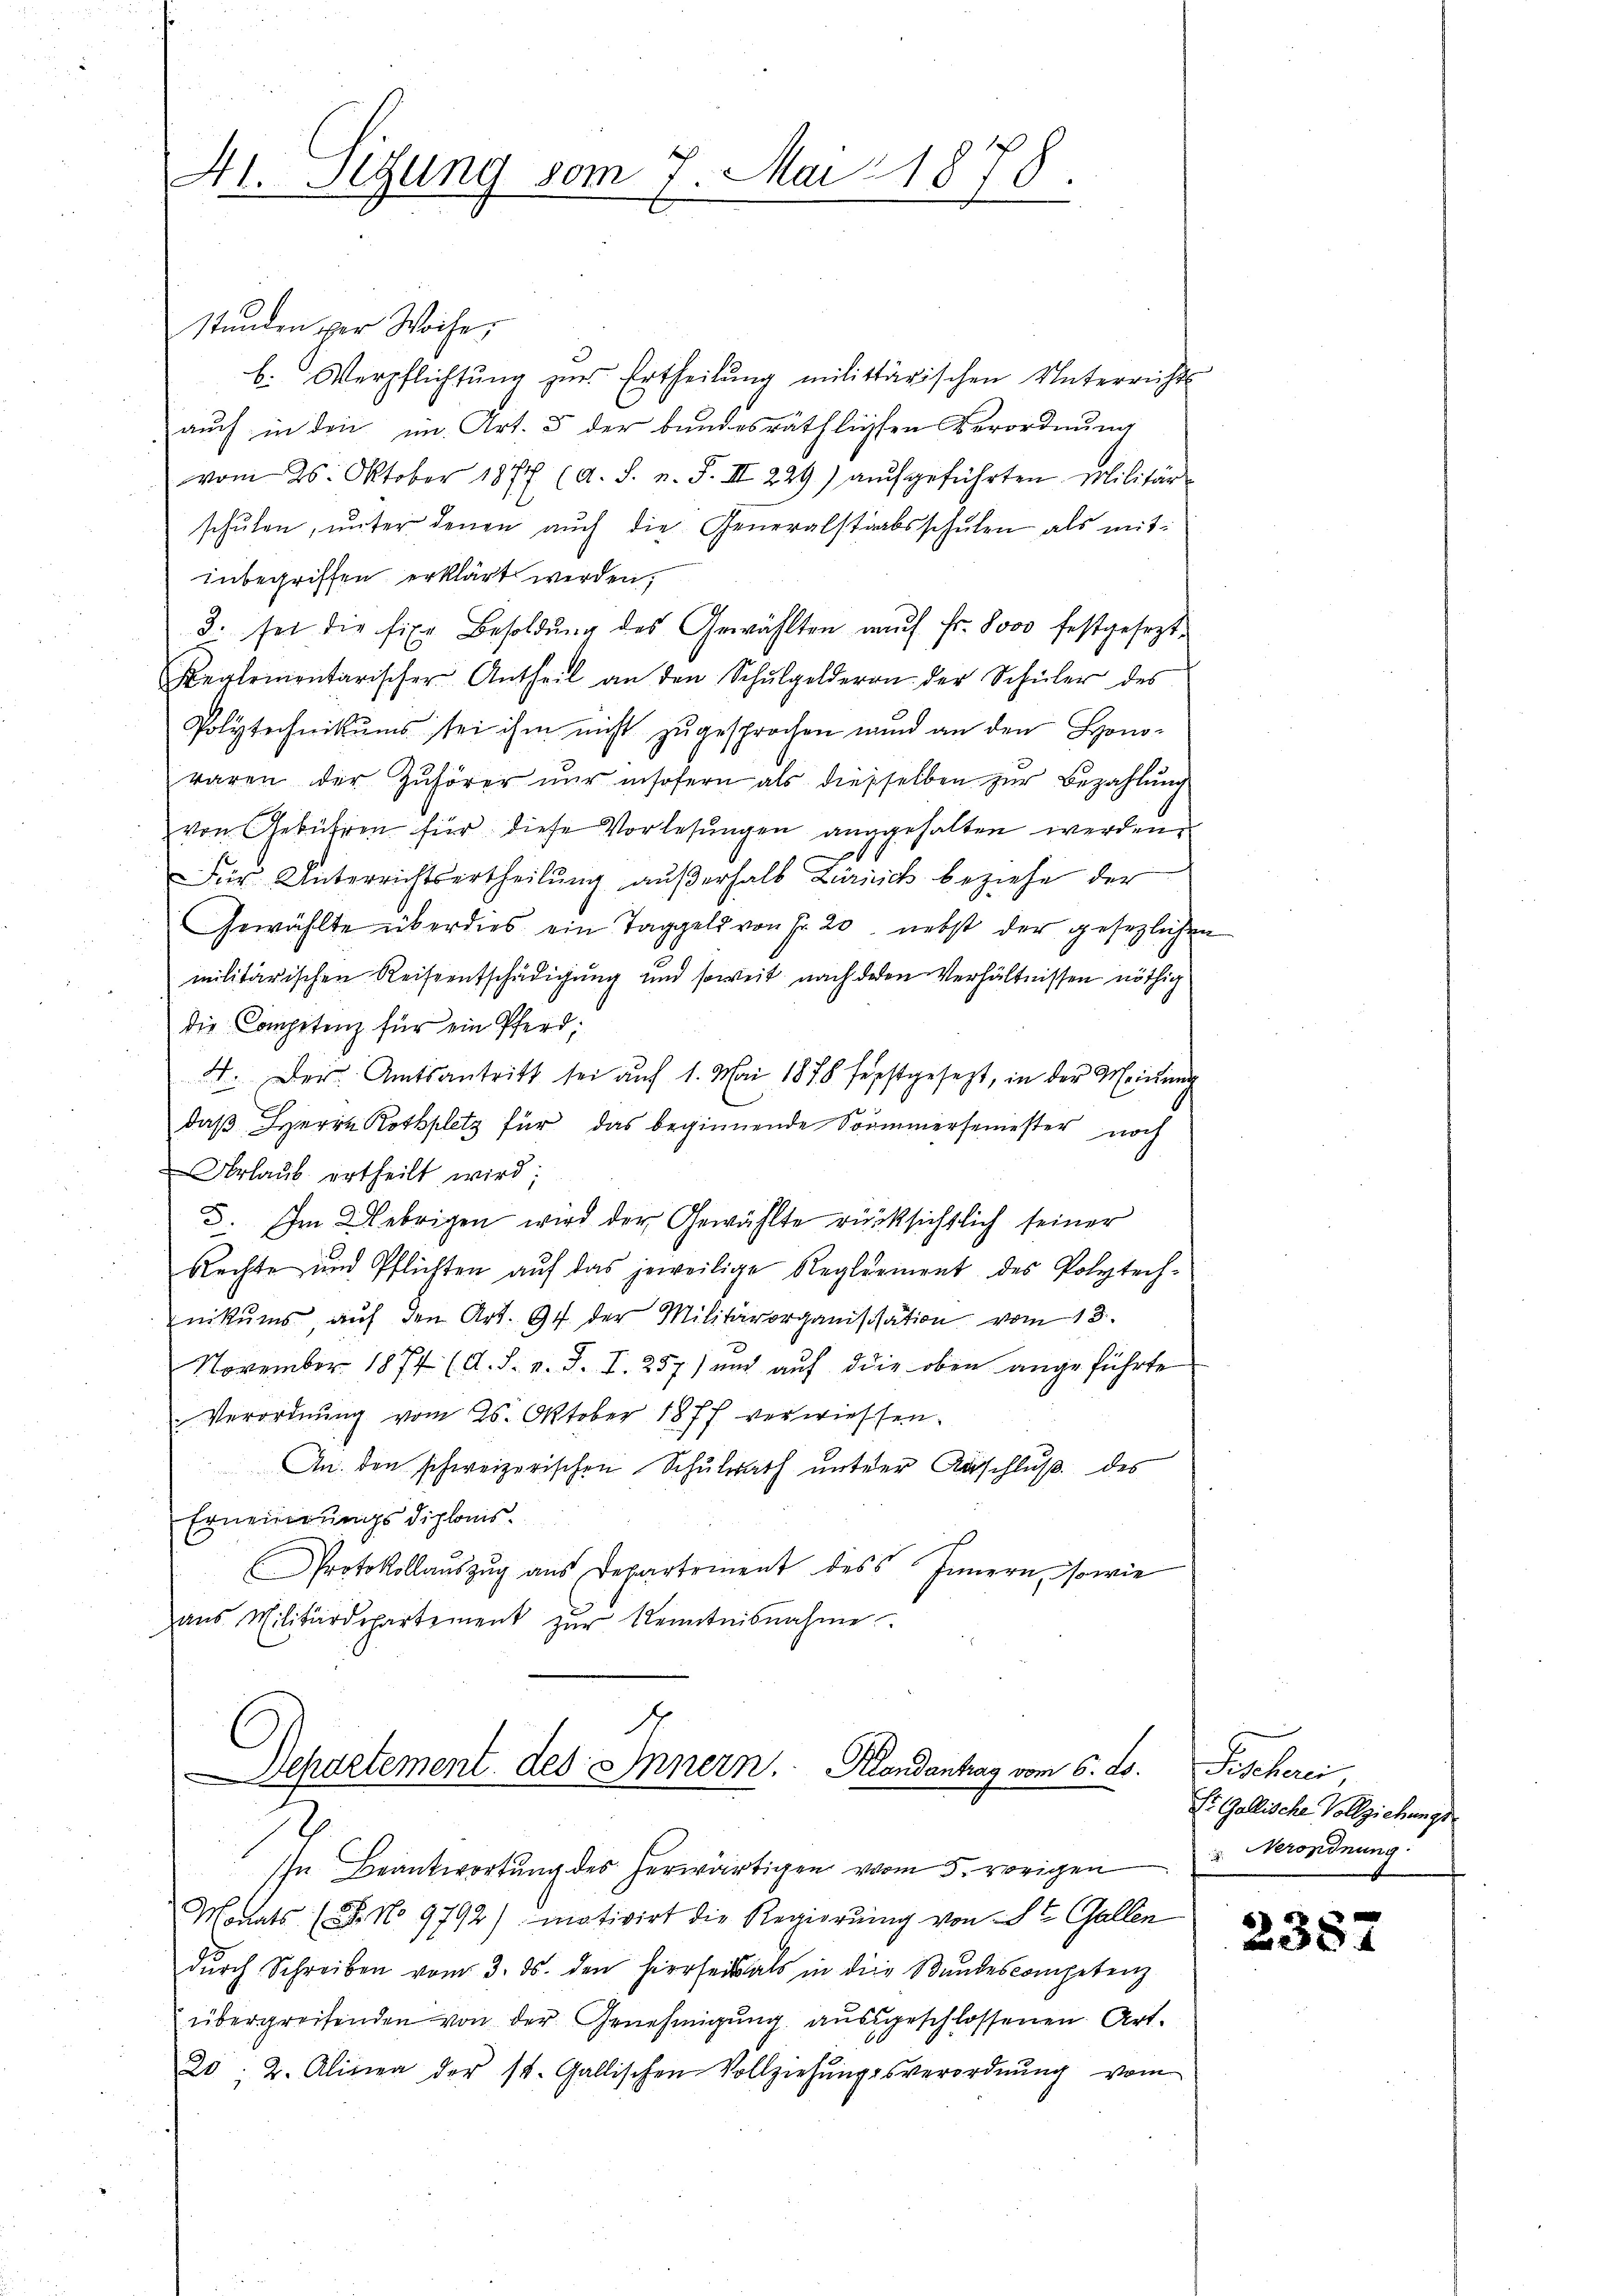
Hl. Sitzung vom 7. Mai 1878.
.

stunden per Woches
b. Verpflichtŭng zur Ertheilŭng militärischen Unterrichts-
auch in den im Art. 3 der bundesräthlichen Verordnung
vom 26. Oktober 1877 (d. S. n. F. III 229) aŭfgeführten Militär-
schŭlen, ŭnter denen aŭch die Generalstratsschŭlen als mit:
inbegriffen erklärt werden;
3. sei die fixe Besoldŭng des Gewählten aŭf fr. 8000 festgesezt
Reglementarischer Antheil an den Schŭlgelderen der Schüler des
Polytechnikums sei ihm nicht zugesprochen und an den Hono-
raren der Zuhörer nŭr insofern als diesselben zŭr Bezahlung
von Gebühren für diese Vorlesungen angehalten werden.
Für Unterrichtsertheilŭng aŭβerhalb Zürich beziehe der
Gewählte überdies ein Taggeld von Fr. 20. nebst der gesezlichen
militärischen Reiseentschädigung und soweit nach deren Verhältnissen nöthig
die Competenz für ein Pferd,
4. Der Amtsantritt sei auf 1. Mai 1878 festgesezt, in der Meinung
daß Herrn Rothplatz für das beginnende Sommersemester noch
Urlaub ertheilt wird;
3. Im Uebrigen wird der Gewählte rücksichtlich seiner
Rechte und Pflichten auf das jeweilige Reglement des Polytechnikums, aŭf den Art. 94 der Militärorganisation vom 13.
November 1874 (A. S. v. J. I. 257) und aŭf die oben angeführte
Verordnung vom 25. Oktober 1877 verwiessen.
An den schweizerischen Schulrath unterer Anschluß des
Ernennerungsdiplonis.
Protokollauszug aus Departement des Innern, so wie
aŭs Militärdepartement zŭr Kenntnisnahme

A
Separtement des Innern. Randantrag vom 6. ds.

In Beantwortung des herwärtigen vom 5. vorigen Verordnung.
Manats (S. No 9792) motivirt die Regierung von St. Gallen
dŭrch Schreiben vom 3. ds. den hierseit als in die Bundescompetenz
übergreifenden von der Genehmigung ausgeschlossenen Art.
20: 2. Alinea der st. Gallischen Vollziehŭngsverordnŭng vom

Geschrei
Er Gallische Vollziehungs¬

s
238.